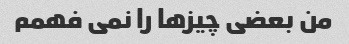
من بعضی چیزها را نمی فهمم